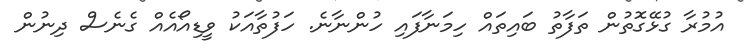
އުމުރާ ގުޅޭގޮތުން ތަފާތު ބައިތައް ހިމަނާފައި ހުންނާނެ. ހަފުތާއަކު ވީޑިއޯއެއް ގެނެސް ދިނުން